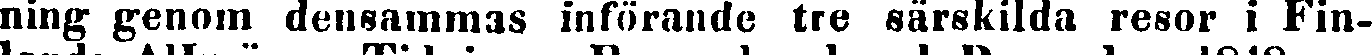
ning genom densammas införande tre särskilda resor i Fin-